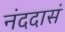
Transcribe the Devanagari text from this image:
नंददासं